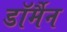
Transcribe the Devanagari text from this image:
डॉर्मैन